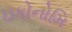
ઇકોનોમિ